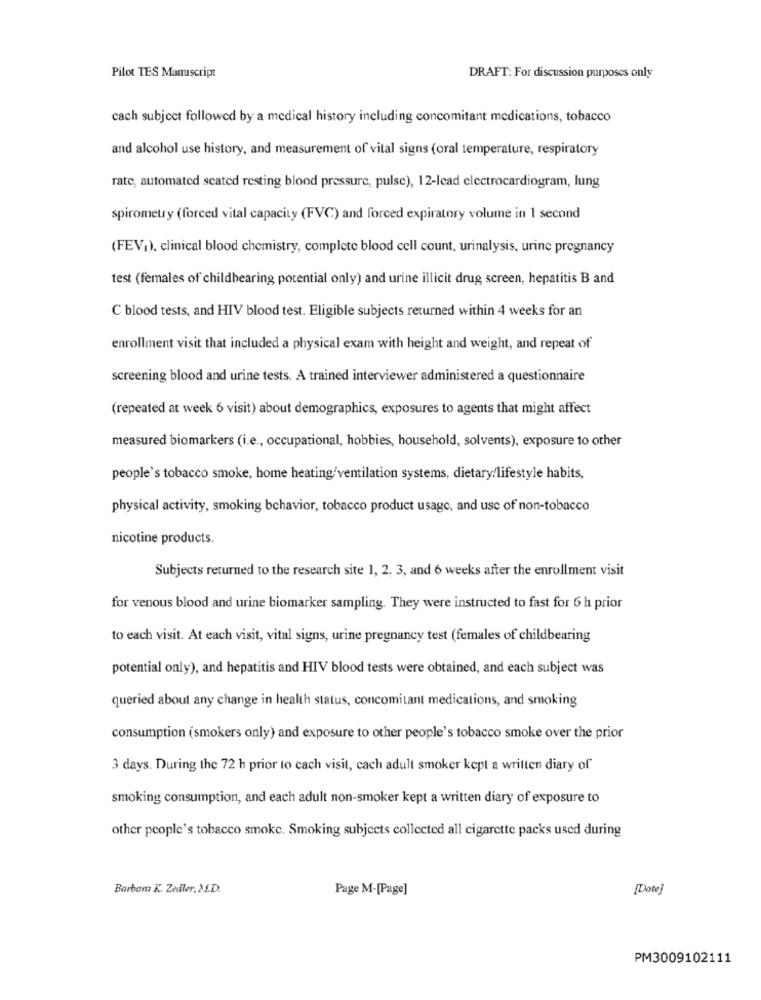
Pilot TES Manuscript
DRAFT: For discussion purposes only
cach subject followed by a medical history including concomitant medications, tobacco
and alcohol use history, and measurement of vital signs (oral temperature, respiratory
rate, automated scated resting blood pressure, pulse), 12-lead electrocardiogram, lung
spirometry (forced vital capacity (FVC) and forced expiratory volume in 1 second
(FEV,), clinical blood chemistry, complete blood cell count, urinalysis, urine pregnancy
test (females of childbearing potential only) and urine illicit drug screen, hepatitis B and
C blood tests, and HIV blood test. Eligible subjects returned within 4 weeks for an
enrollment visit that included a physical exam with height and weight, and repeat of
screening blood and urine tests. A trained interviewer administered a questionnaire
(repeated at week 6 visit) about demographics, exposures to agents that might affect
measured biomarkers (i.e ., occupational, hobbies, household, solvents), exposure to other
people's tobacco smoke, home heating'ventilation systems, dietary/lifestyle habits,
physical activity, smoking behavior, tobacco product usage, and use of non-tobacco
nicotine products.
Subjects returned to the research site 1, 2, 3, and 6 weeks after the enrollment visit
for venous blood and urine biomarker sampling. They were instructed to fast for 6 h prior
to each visit. At each visit, vital signs, urine pregnancy test (females of childbearing
potential only), and hepatitis and HIV blood tests were obtained, and each subject was
queried about any change in health status, concomitant medications, and smoking
consumption (smokers only) and exposure to other people's tobacco smoke over the prior
3 days. During the 72 h prior to cach visit, cach adult smoker kept a written diary of'
smoking consumption, and each adult non-smoker kept a written diary of exposure to
other people's tobacco smoke. Smoking subjects collected all cigarette packs used during
Barbam K. Zadler, M.D.
Page M-[Page]
[Date]
PM3009102111